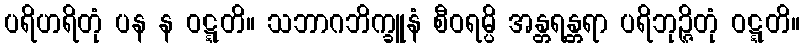
ပရိဟရိတုံ ပန န ဝဋ္ဋတိ။ သဘာဂဘိက္ခူနံ စီဝရမ္ပိ အန္တရန္တရာ ပရိဘုဉ္ဇိတုံ ဝဋ္ဋတိ။